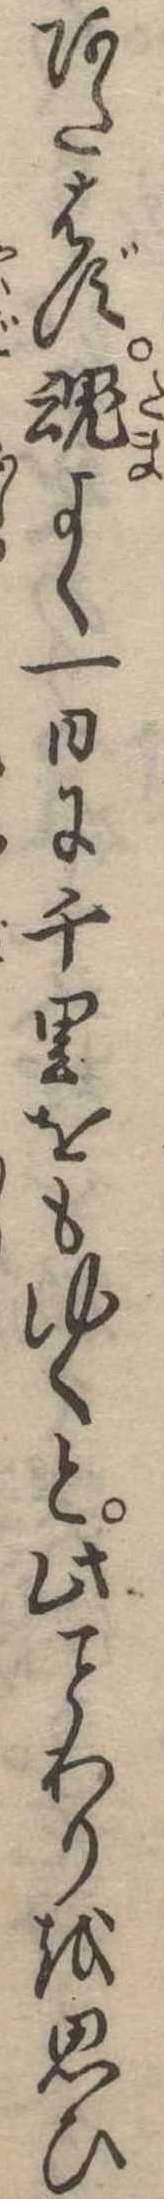
あたはず魂よく一日に千里をもゆくと此わりを思ひ